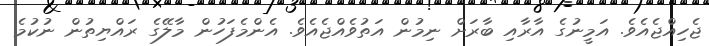
ޖެހިއްޖެއެވެ. އަމީނުގެ އާރާއި ބާރަށް ނިމުން އަތުވެެއްޖެއެވެ. އެންމެފަހުން މާލޭގެ ރައްޔިތުން ނުކުމެ